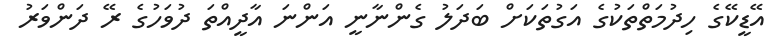
އޭޑީކޭގެ ހިދުމަތްތަކުގެ އަގުތަކަށް ބަދަލު ގެންނާނީ އަންނަ އާދީއްތަ ދުވަހުގެ ރޭ ދަންވަރު